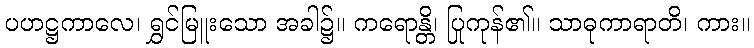
ပဟဋ္ဌကာလေ၊ ရွှင်မြူးသော အခါ၌။ ကရောန္တိ၊ ပြုကုန်၏။ သာဓုကာရာတိ၊ ကား။